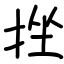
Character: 挫